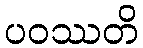
ပဝဿတိ